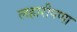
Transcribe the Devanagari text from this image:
लहारीपणा